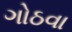
ગોઠવા